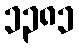
၁၃၈၁